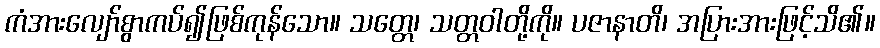
ကံအားလျော်စွာကပ်၍ဖြစ်ကုန်သော။ သတ္တေ၊ သတ္တဝါတို့ကို။ ပဇာနာတိ၊ အပြားအားဖြင့်သိ၏။